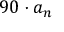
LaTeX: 9 0 \cdot a _ { n }